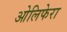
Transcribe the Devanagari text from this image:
ओलिफेरा